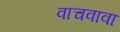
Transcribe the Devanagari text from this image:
वाचवावा